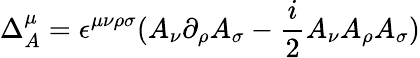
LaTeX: \Delta_{A}^{\mu}=\epsilon^{\mu\nu\rho\sigma}(A_{\nu}\partial_{\rho}A_{\sigma}-{\frac{i}{2}}A_{\nu}A_{\rho}A_{\sigma})